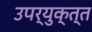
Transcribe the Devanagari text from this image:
उपर्युक्त्त